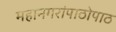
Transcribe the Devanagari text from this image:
महानगरांपाठोपाठ